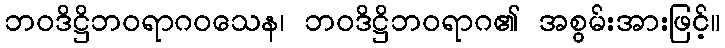
ဘဝဒိဋ္ဌိဘဝရာဂဝသေန၊ ဘဝဒိဋ္ဌိဘဝရာဂ၏ အစွမ်းအားဖြင့်။